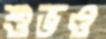
শুভও